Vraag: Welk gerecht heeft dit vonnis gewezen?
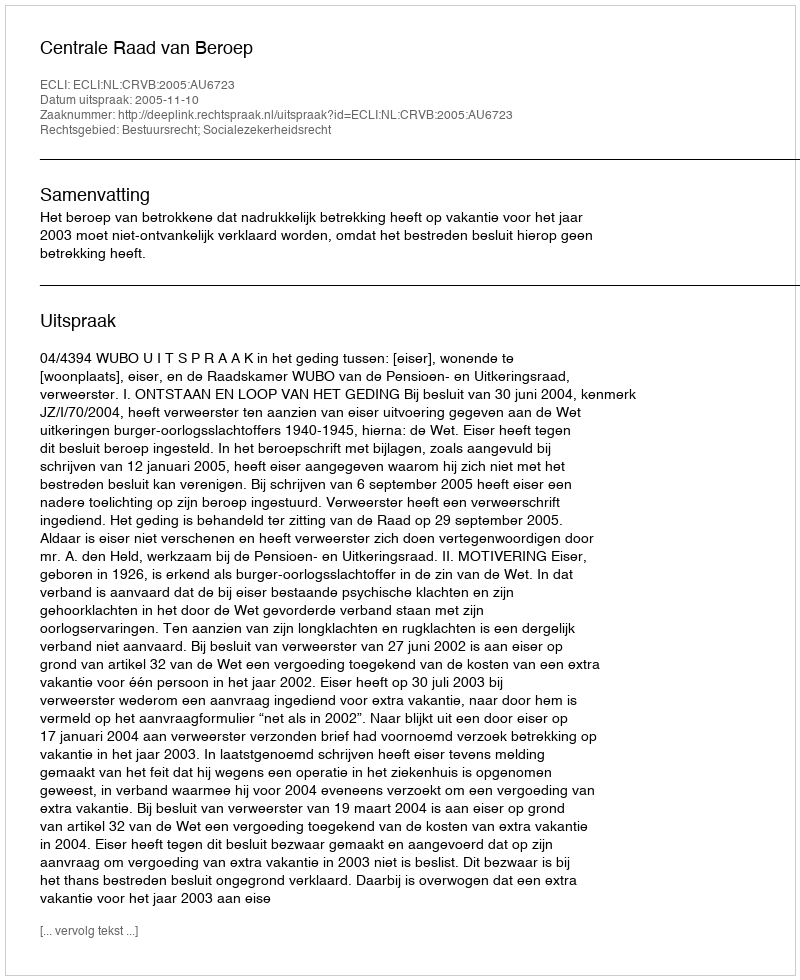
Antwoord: Centrale Raad van Beroep